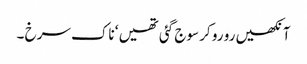
آنکھیں رو رو کر سوج گئی تھیں ‘ ناک سرخ ۔